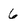
Character: 6